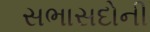
સભાસદોની